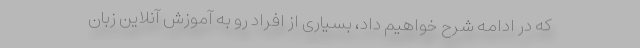
که در ادامه شرح خواهیم داد، بسیاری از افراد رو به آموزش آنلاین زبان